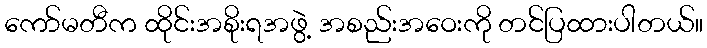
ကော်မတီက ထိုင်းအစိုးရအဖွဲ့ အစည်းအဝေးကို တင်ပြထားပါတယ်။